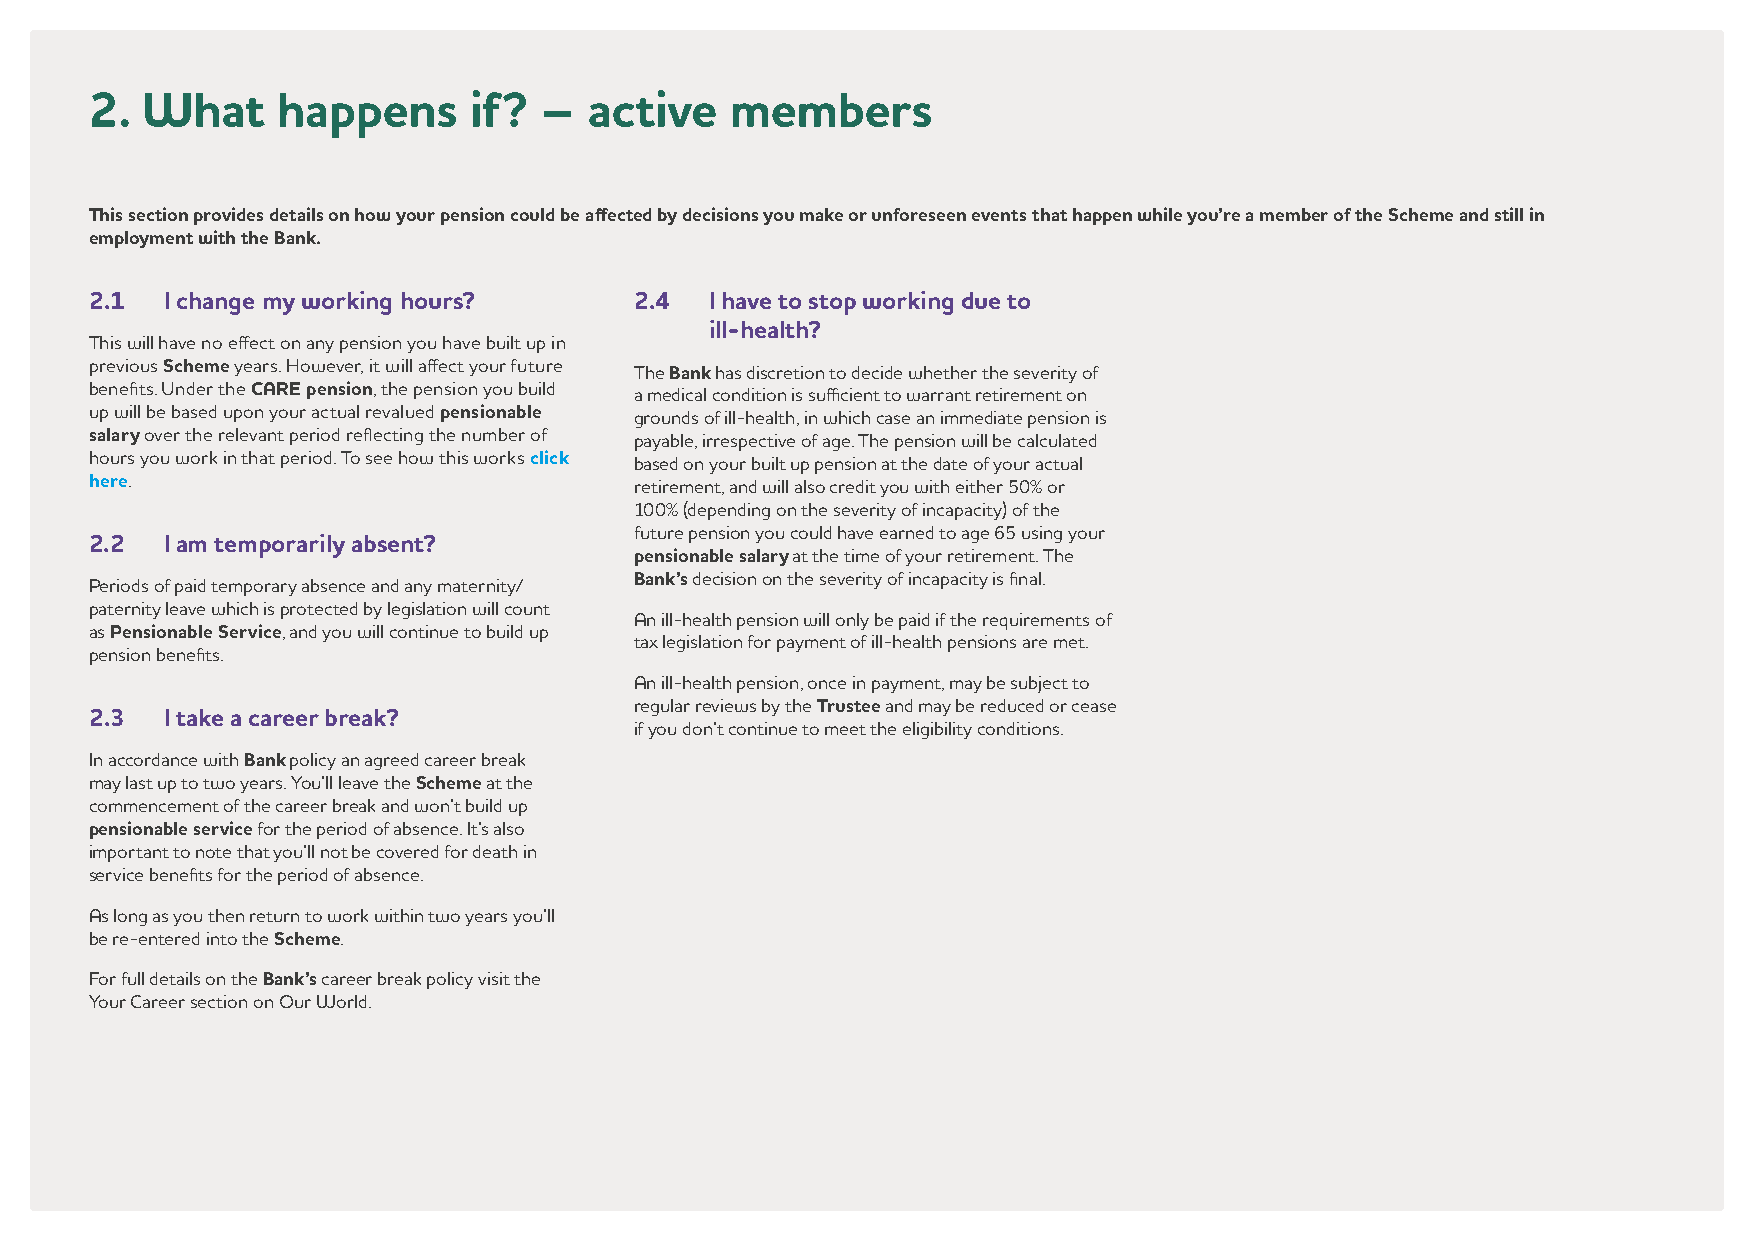
2. What     happens      if?  –  active   members
 This section provides details on how your pension could be affected by decisions you make or unforeseen events that happen while you’re a member of the Scheme and still in
 employment with the Bank.
 2.1  I change my working hours?     2.4  I have to stop working due to
 ill-health?
 This will have no effect on any pension you have built up in
 previous Scheme years. However, it will affect your future The Bank has discretion to decide whether the severity of
 benefits. Under the CARE pension, the pension you build a medical condition is sufficient to warrant retirement on
 up will be based upon your actual revalued pensionable grounds of ill-health, in which case an immediate pension is
 salary over the relevant period reflecting the number of payable, irrespective of age. The pension will be calculated
 hours you work in that period. To see how this works click based on your built up pension at the date of your actual
 here.
 retirement, and will also credit you with either 50% or
 100% (depending on the severity of incapacity) of the
 future pension you could have earned to age 65 using your
 2.2  I am temporarily absent?
 pensionable salary at the time of your retirement. The
 Periods of paid temporary absence and any maternity/ Bank’s decision on the severity of incapacity is final.
 paternity leave which is protected by legislation will count
 An ill-health pension will only be paid if the requirements of
 as Pensionable Service, and you will continue to build up
 tax legislation for payment of ill-health pensions are met.
 pension benefits.
 An ill-health pension, once in payment, may be subject to
 regular reviews by the Trustee and may be reduced or cease
 2.3  I take a career break?
 if you don’t continue to meet the eligibility conditions.
 In accordance with Bank policy an agreed career break
 may last up to two years. You’ll leave the Scheme at the
 commencement of the career break and won’t build up
 pensionable service for the period of absence. It’s also
 important to note that you’ll not be covered for death in
 service benefits for the period of absence.
 As long as you then return to work within two years you’ll
 be re-entered into the Scheme.
 For full details on the Bank’s career break policy visit the
 Your Career section on Our World.